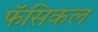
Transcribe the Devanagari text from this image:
फॅसिकल